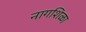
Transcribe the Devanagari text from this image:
नागशिळा